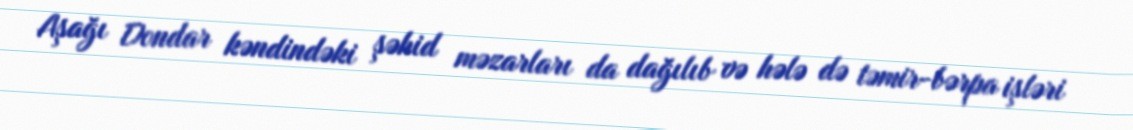
Aşağı Dondar kəndindəki şəhid məzarları da dağılıb və hələ də təmir-bərpa işləri